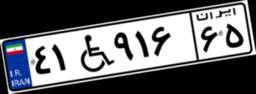
۴۱W۹۱۶۶۵